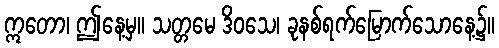
ဣတော၊ ဤနေ့မှ။ သတ္တမေ ဒိဝသေ၊ ခုနစ်ရက်မြောက်သောနေ့၌။